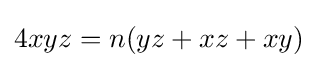
4xyz=n(yz+xz+xy)